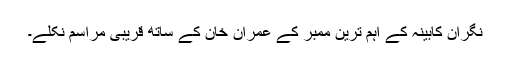
نگران کابینہ کے اہم ترین ممبر کے عمران خان کے ساتھ قریبی مراسم نکلے۔